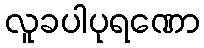
လူခပါပုရဏော